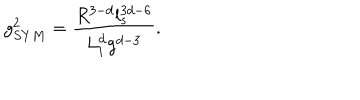
LaTeX: g _ { S Y M } ^ { 2 } = \frac { R ^ { 3 - d } l _ { s } ^ { 3 d - 6 } } { L _ { i } ^ { d } g ^ { d - 3 } } .